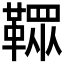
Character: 𩌔